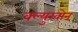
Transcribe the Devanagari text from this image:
क्ल्युखोन